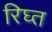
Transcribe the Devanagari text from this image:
रिघ्त